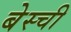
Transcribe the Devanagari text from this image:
बेस्ची